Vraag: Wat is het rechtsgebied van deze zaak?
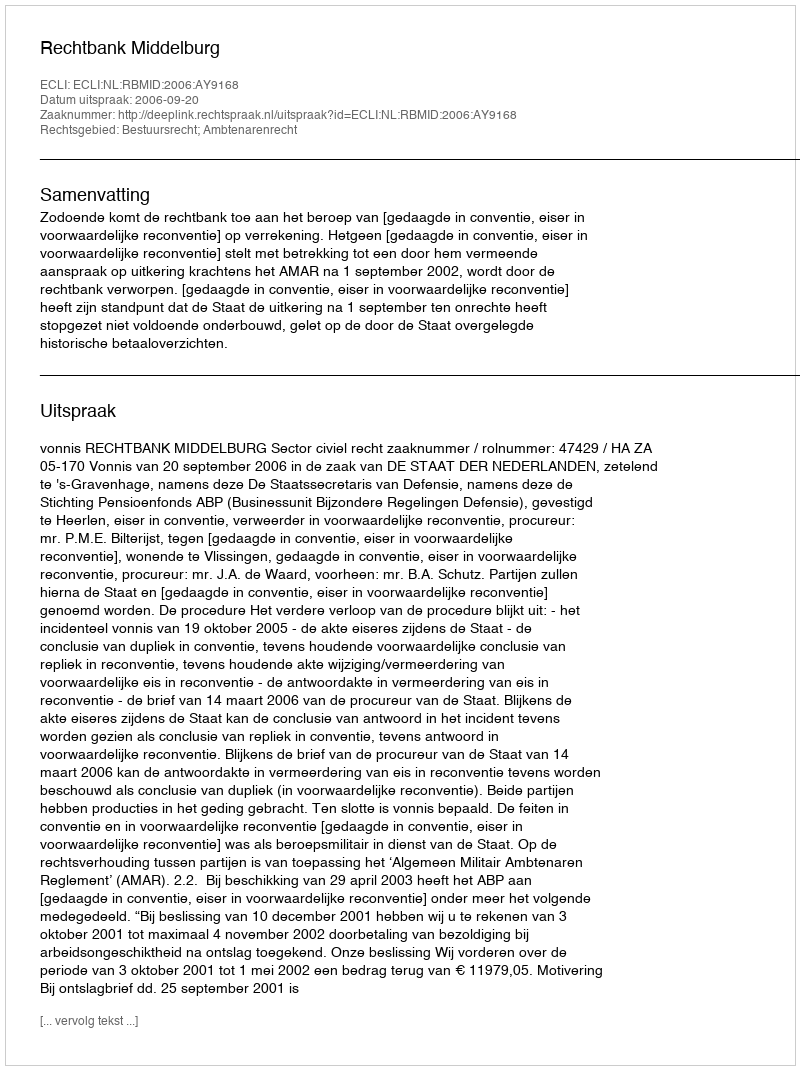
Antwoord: Bestuursrecht; Ambtenarenrecht